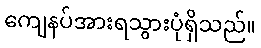
ကျေနပ်အားရသွားပုံရှိသည်။